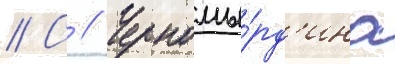
// С // Черномы́рд'ина